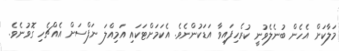
މަލާކަށް އެހެން ބުނެލެވުނީ ކުރެހިފައިވާ އަޑަކުންނެވެ. އެކަމަށްޓަކައި އަމިއްލަ ނަފްސަށް އެއްޗެހި ގޮވުނެވެ.